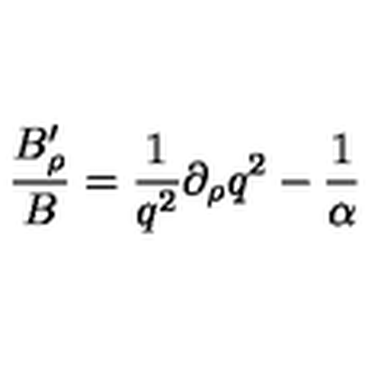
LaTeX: { \frac { B _ { \rho } ^ { \prime } } { B } } = { \frac { 1 } { q ^ { 2 } } } \partial _ { \rho } q ^ { 2 } - { \frac { 1 } { \alpha } }